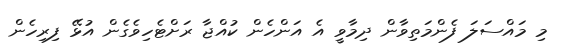
މި މައްސަލަ ފެންމަތިވާން ދިމާވީ އެ އަންހެން ކުއްޖާ ރަށްޓެހިވެގެން އުޅޭ ފިރިހެން